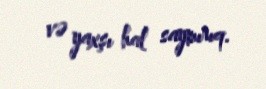
və yaxşı hal saymırıq.